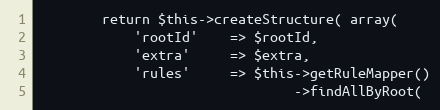
Language: PHP
        return $this->createStructure( array(
            'rootId'    => $rootId,
            'extra'     => $extra,
            'rules'     => $this->getRuleMapper()
                                ->findAllByRoot(